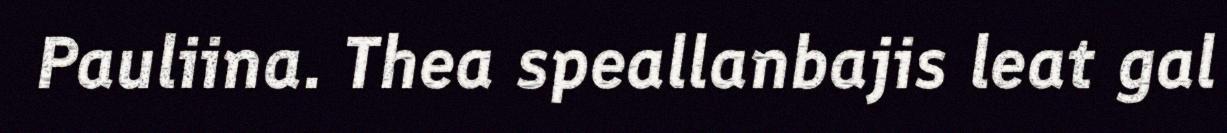
Pauliina. Thea speallanbajis leat gal